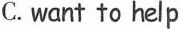
C.want to help